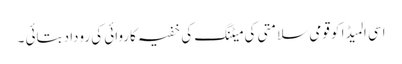
اسی المیڈا کو قومی سلامتی کی میٹنگ کی خفیہ کاروائی کی روداد بتائی ۔